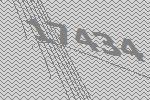
17434